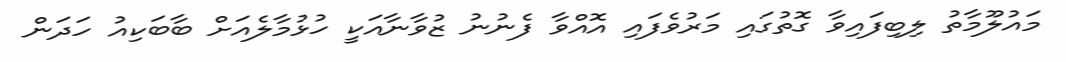
މައުލޫމާތު ލިބިފައިވާ ގޮތުގައި މަރުވެފައި އޮއްވާ ފެނުނު ޒުވާނާއަކީ ހުޅުމާލެއަށް ބާބަކިއު ހަދަން